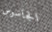
الجاسوس